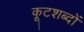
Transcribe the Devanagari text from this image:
कूटशब्दों